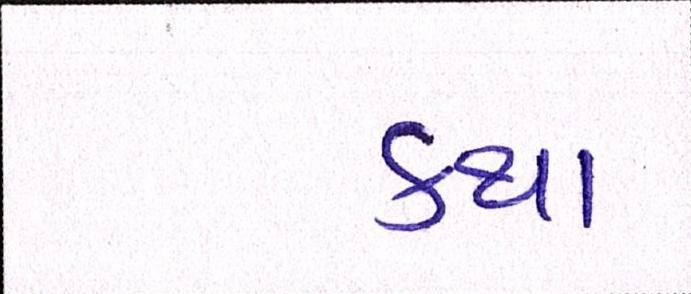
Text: કથા